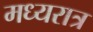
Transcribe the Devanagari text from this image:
मध्यरात्र